Indian journal of veterinary science and animal husbandry - Volume 11,
Year: 1941
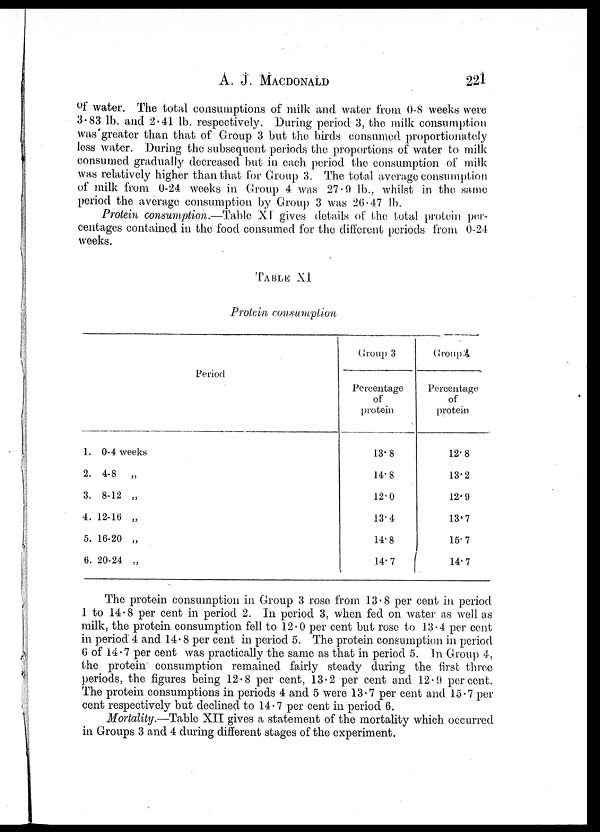
A. J. MACDONALD 221
of water. The total consumptions of milk and water from 0-8 weeks were
3.83 lb. and 2.41 lb. respectively. During period 3, the milk consumption
was greater than that of Group 3 but the birds consumed proportionately
less water. During the subsequent periods the proportions of water to milk
consumed gradually decreased but in each period the consumption of milk
was relatively higher than that for Group 3. The total average consumption
of milk from 0-24 weeks in Group 4 was 27.9 lb., whilst in the same
period the average consumption by Group 3 was 26.47 lb.
Protein consumption.—Table XI gives details of the total protein per-
centages contained in the food consumed for the different periods from 0.24
weeks.
TABLE XI
Protein consumption
Period
1. 0-4 weeks
2. 4-8
„
3. 8-12 „
4. 12-16 „
5. 16-20 „
6. 20-24 „
Group 3
Percentage
of
protein
13.8
14.8
12.0
13.4
14.8
14.7
Group 4
Percentage
of
protein
12.8
13.2
12.9
13.7
15.7
14.7
The protein consumption in Group 3 rose from 13.8 per cent in period
1 to 14.8 per cent in period 2. In period 3, when fed on water as well as
milk, the protein consumption fell to 12.0 per cent but rose to 13.4 per cent
in period 4 and 14.8 per cent in period 5. The protein consumption in period
6 of 14.7 per cent was practically the same as that in period 5. In Group 4,
the protein consumption remained fairly steady during the first three
periods, the figures being 12.8 per cent, 13.2 per cent and 12.9 percent.
The protein consumptions in periods 4 and 5 were 13.7 per cent and 15.7 per
cent respectively but declined to 14.7 per cent in period 6.
Mortality.—Table XII gives a statement of the mortality which occurred
in Groups 3 and 4 during different stages of the experiment.